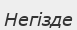
Негізде